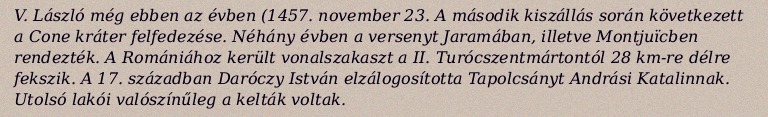
V. László még ebben az évben (1457. november 23. A második kiszállás során következett a Cone kráter felfedezése. Néhány évben a versenyt Jaramában, illetve Montjuïcben rendezték. A Romániához került vonalszakaszt a II. Turócszentmártontól 28 km-re délre fekszik. A 17. században Daróczy István elzálogosította Tapolcsányt Andrási Katalinnak. Utolsó lakói valószínűleg a kelták voltak.